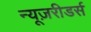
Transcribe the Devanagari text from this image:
न्यूज़रीडर्स